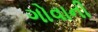
ગોવાની